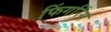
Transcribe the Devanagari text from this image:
फिंगरिंग